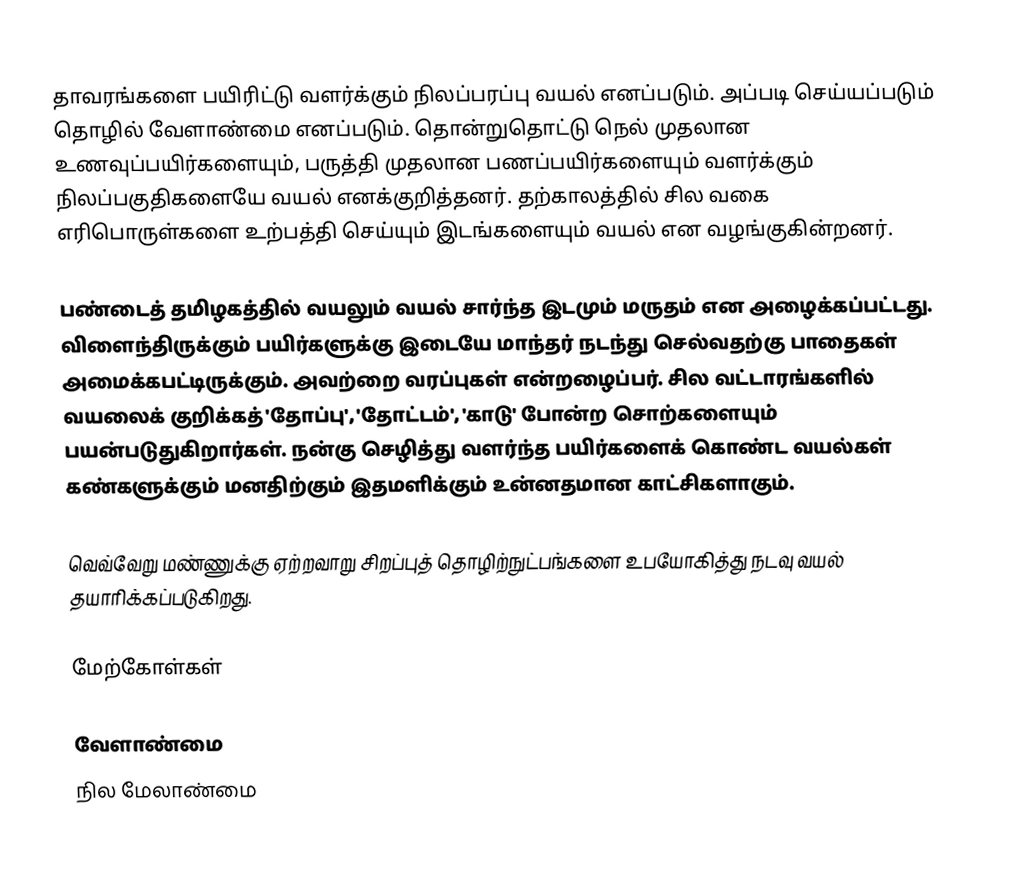
தாவரங்களை பயிரிட்டு வளர்க்கும் நிலப்பரப்பு வயல் எனப்படும். அப்படி செய்யப்படும் தொழில் வேளாண்மை எனப்படும். தொன்றுதொட்டு நெல் முதலான உணவுப்பயிர்களையும், பருத்தி முதலான பணப்பயிர்களையும் வளர்க்கும் நிலப்பகுதிகளையே வயல் எனக்குறித்தனர். தற்காலத்தில் சில வகை எரிபொருள்களை உற்பத்தி செய்யும் இடங்களையும் வயல் என வழங்குகின்றனர்.

பண்டைத் தமிழகத்தில் வயலும் வயல் சார்ந்த இடமும் மருதம் என அழைக்கப்பட்டது. விளைந்திருக்கும் பயிர்களுக்கு இடையே மாந்தர் நடந்து செல்வதற்கு பாதைகள் அமைக்கபட்டிருக்கும். அவற்றை வரப்புகள் என்றழைப்பர். சில வட்டாரங்களில் வயலைக் குறிக்கத் 'தோப்பு', 'தோட்டம்', 'காடு' போன்ற சொற்களையும் பயன்படுதுகிறார்கள். நன்கு செழித்து வளர்ந்த பயிர்களைக் கொண்ட வயல்கள் கண்களுக்கும் மனதிற்கும் இதமளிக்கும் உன்னதமான காட்சிகளாகும்.

வெவ்வேறு மண்ணுக்கு ஏற்றவாறு சிறப்புத் தொழிற்நுட்பங்களை உபயோகித்து நடவு வயல் தயாரிக்கப்படுகிறது.

மேற்கோள்கள்

வேளாண்மை
நில மேலாண்மை